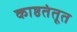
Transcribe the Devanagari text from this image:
काष्ठतंतूत